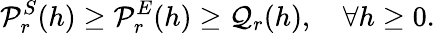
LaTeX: {\cal P}_{r}^{S}(h)\geq{\cal P}_{r}^{E}(h)\geq{\cal Q}_{r}(h),\quad\forall h\geq 0.